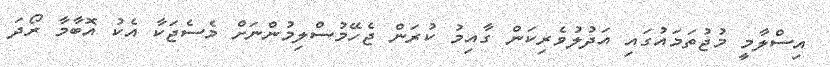
އިސްލާމީ މުޖުތަމައުގައި އަދުލުވެރިކަން ގާއިމު ކުރަން ޖެހޭމުސްލިމުންނަށް މެސެޖަކާ އެކު އޮބާމާ ރޯދަ